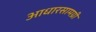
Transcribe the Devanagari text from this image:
आधारसामग्री